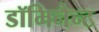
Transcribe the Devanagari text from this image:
डॉमिनैन्ट